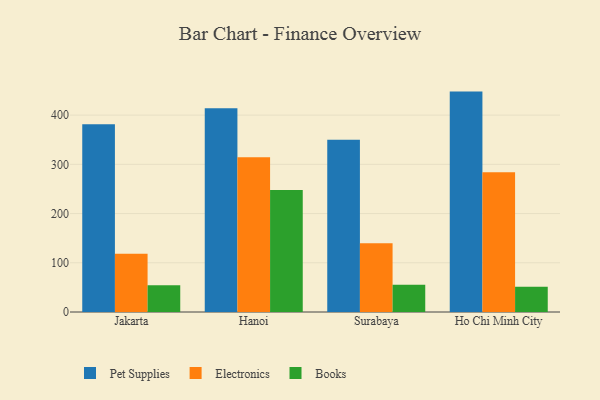
{"axis": {"x": "City", "y": "Customer Acquisition Cost (USD)"}, "legend": ["Books", "Electronics", "Pet Supplies"], "data": [{"x": "Jakarta", "y": 381.5, "type": "Pet Supplies"}, {"x": "Jakarta", "y": 118.6, "type": "Electronics"}, {"x": "Jakarta", "y": 54.4, "type": "Books"}, {"x": "Hanoi", "y": 414.1, "type": "Pet Supplies"}, {"x": "Hanoi", "y": 314.4, "type": "Electronics"}, {"x": "Hanoi", "y": 247.9, "type": "Books"}, {"x": "Surabaya", "y": 350.2, "type": "Pet Supplies"}, {"x": "Surabaya", "y": 139.8, "type": "Electronics"}, {"x": "Surabaya", "y": 55.4, "type": "Books"}, {"x": "Ho Chi Minh City", "y": 447.8, "type": "Pet Supplies"}, {"x": "Ho Chi Minh City", "y": 284.1, "type": "Electronics"}, {"x": "Ho Chi Minh City", "y": 51.1, "type": "Books"}]}